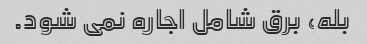
بله، برق شامل اجاره نمی شود.